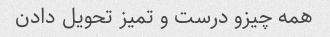
همه چیزو درست و تمیز تحویل دادن